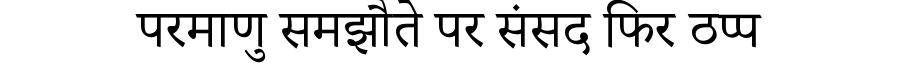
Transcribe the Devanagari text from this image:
परमाणु समझौते पर संसद फिर ठप्प